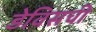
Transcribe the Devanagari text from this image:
डेविसची